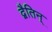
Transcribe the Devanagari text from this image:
द्वैतिन्